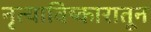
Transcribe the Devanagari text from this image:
नृत्याविष्कारातून